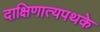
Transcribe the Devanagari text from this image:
दाक्षिणात्यपथके